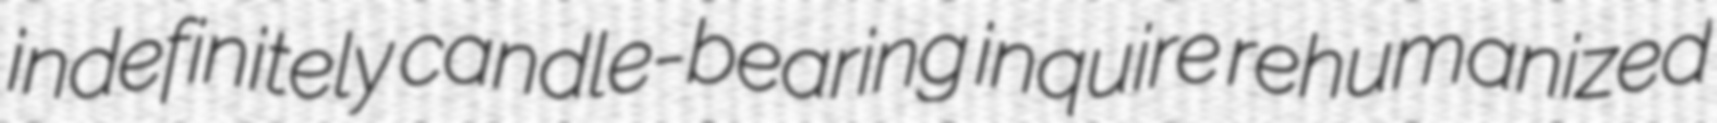
indefinitely candle-bearing inquire rehumanized